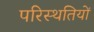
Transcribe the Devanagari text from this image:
परिस्‍थतियों